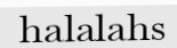
halalahs